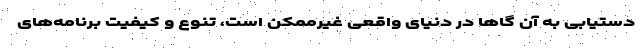
دستیابی به آن گاها در دنیای واقعی غیرممکن است، تنوع و کیفیت برنامه‌های